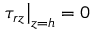
\left. \tau _ { r z } \right| _ { z = h } = 0